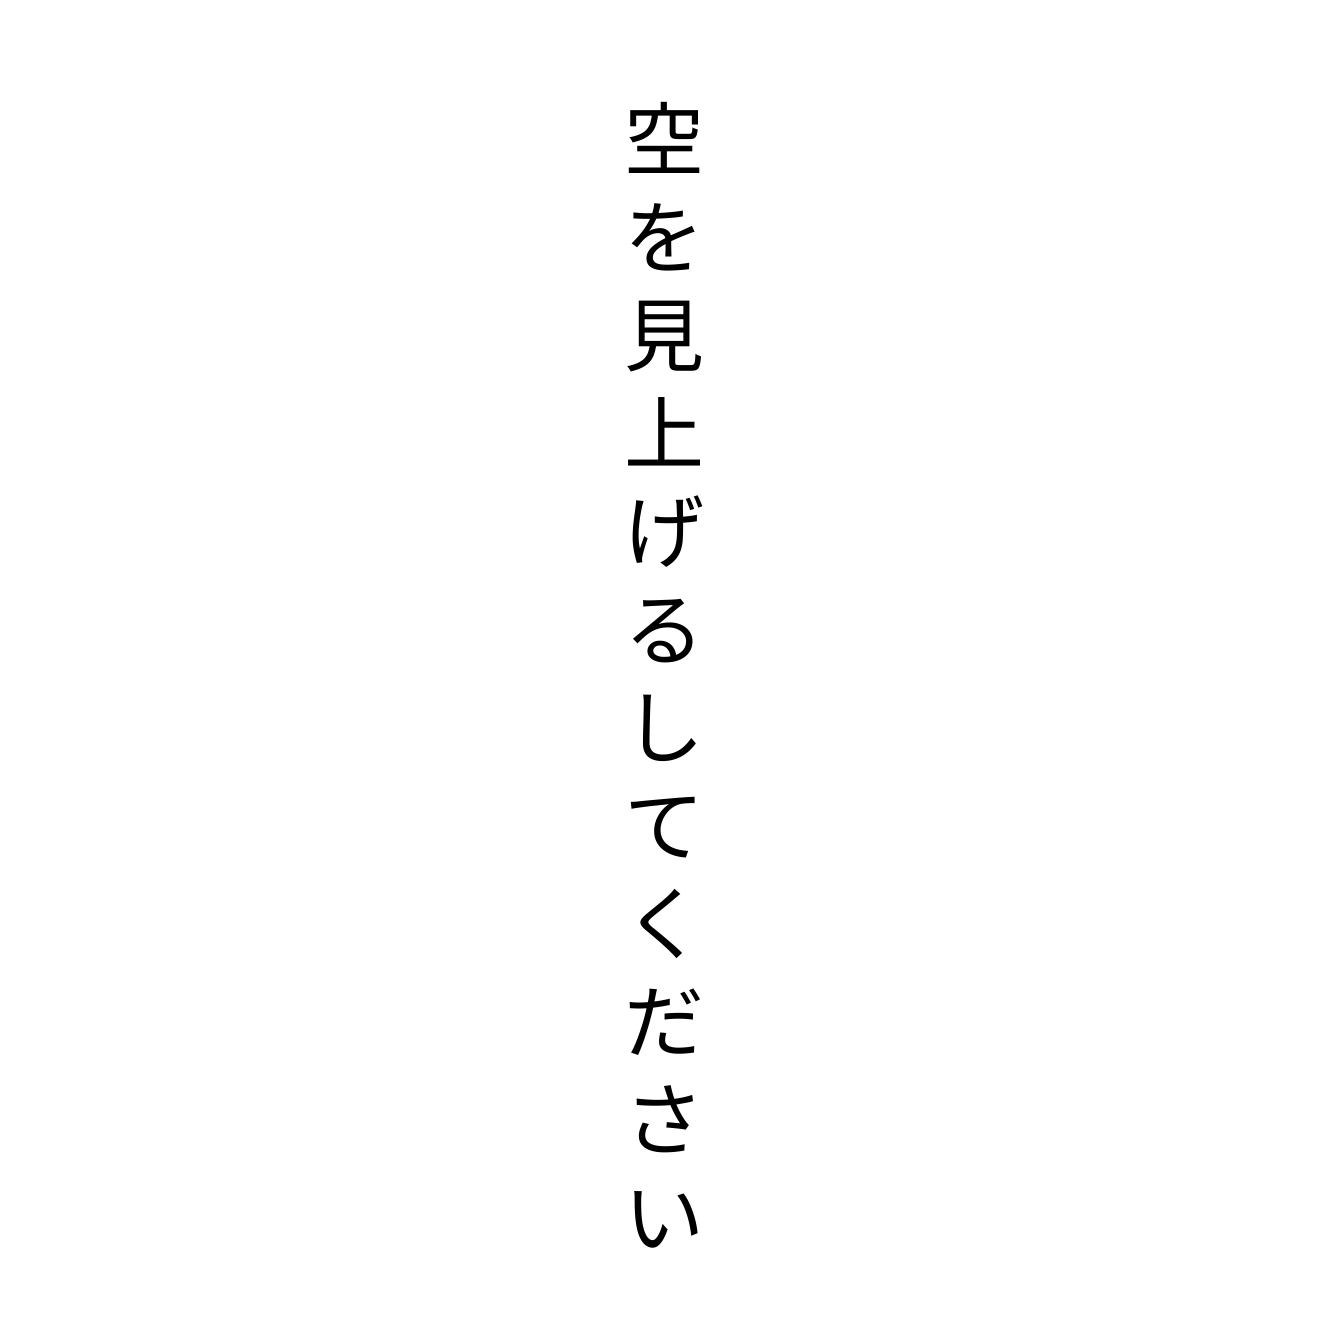
空を見上げるしてください